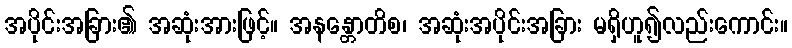
အပိုင်းအခြား၏ အဆုံးအားဖြင့်။ အနန္တောတိစ၊ အဆုံးအပိုင်းအခြား မရှိဟူ၍လည်းကောင်း။